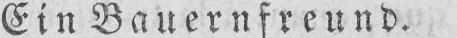
Ein Bauernfreund.